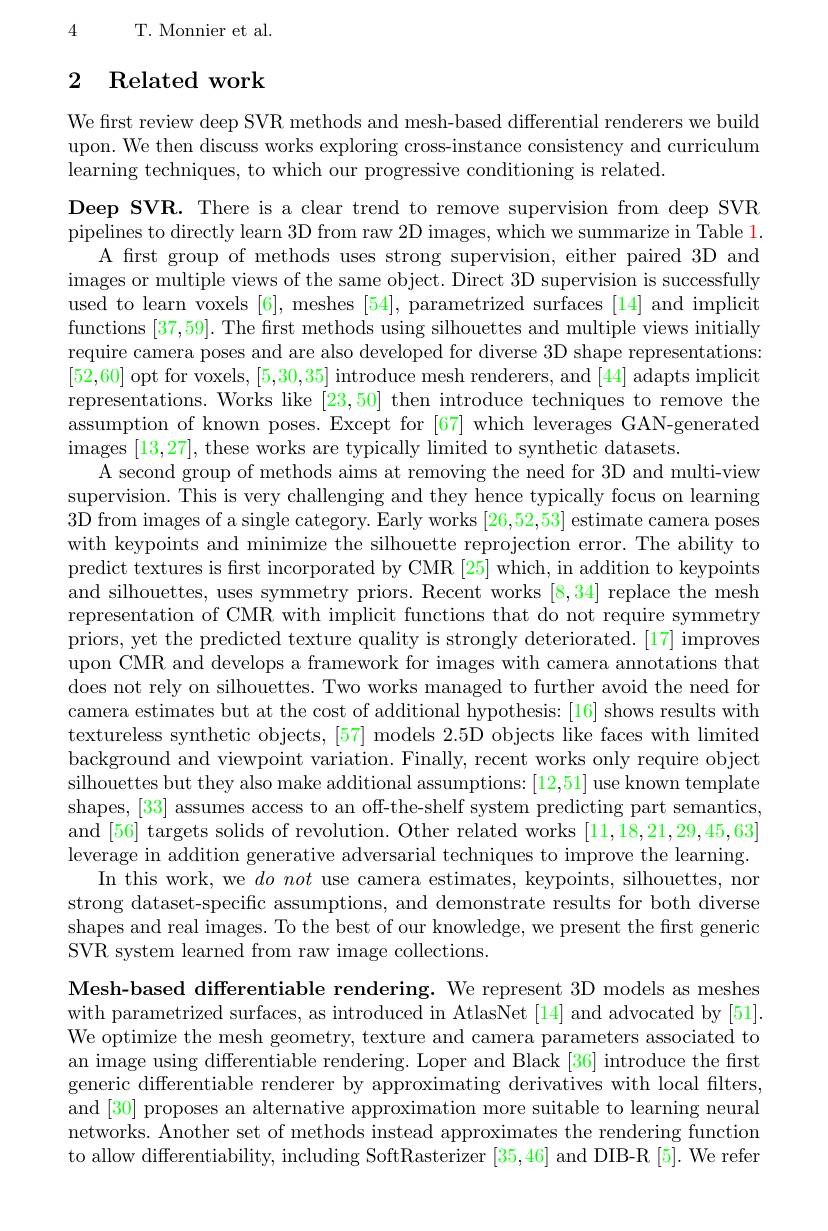
4 T. Monnier et al.

# 2 Related work

We first review deep SVR methods and mesh-based differential renderers we build upon. We then discuss works exploring cross-instance consistency and curriculum learning techniques, to which our progressive conditioning is related.

Deep SVR. There is a clear trend to remove supervision from deep SVR pipelines to directly learn 3D from raw 2D images, which we summarize in Table 1.
A frst group of methods uses strong supervision, either paired 3D and images or multiple views of the same object. Direct 3D supervision is successfully used to learn voxels [6], meshes [54], parametrized surfaces [14] and implicit functions [37,59]. The first methods using silhouettes and multiple views initially require camera poses and are also developed for diverse 3D shape representations: [52,60] opt for voxels, [5,30,35] introduce mesh renderers, and [44] adapts implicit representations. Works like [23,50] then introduce techniques to remove the assumption of known poses. Except for [67] which leverages GAN-generated images [ 13, 27] , these works are typically limited to synthetic datasets.
A second group of methods aims at removing the need for 3D and multi-view supervision. This is very challenging and they hence typically focus on learning 3D from images of a single category. Early works [26,52,53] estimate camera poses with keypoints and minimize the silhouette reprojection error. The ability to predict textures is first incorporated by CMR [25] which, in addition to keypoints and silhouettes, uses symmetry priors. Recent works [8,34] replace the mesh representation of CMR with implicit functions that do not require symmetry priors, yet the predicted texture quality is strongly deteriorated.[17] improves upon CMR and develops a framework for images with camera annotations that does not rely on silhouettes. Two works managed to further avoid the need for camera estimates but at the cost of additional hypothesis: [16] shows results with textureless synthetic objects, [57] models 2.5D objects like faces with limited background and viewpoint variation. Finally, recent works only require object silhouettes but they also make additional assumptions: [12,51] use known template shapes, [33] assumes access to an off-the-shelf system predicting part semantics, and [56] targets solids of revolution. Other related works [11,18,21,29,45,63] leverage in addition generative adversarial techniques to improve the learning.
In this work, we $do$ not use camera estimates, keypoints, silhouettes, nor strong dataset-specific assumptions, and demonstrate results for both diverse shapes and real images. To the best of our knowledge, we present the first generic SVR system learned from raw image collections.
Mesh-based differentiable rendering. We represent 3D models as meshes

with parametrized surfaces, as introduced in AtlasNet [14] and advocated by [51]. We optimize the mesh geometry, texture and camera parameters associated to an image using differentiable rendering. Loper and Black [36] introduce the first generic differentiable renderer by approximating derivatives with local filters, and [30] proposes an alternative approximation more suitable to learning neural networks. Another set of methods instead approximates the rendering function to allow differentiability, including SoftRasterizer $\lceil35,46\rceil$ and DIB-R [5]. We refer